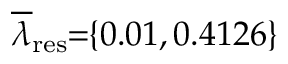
\! \! \! \! \! \! \! \overline { { \lambda } } _ { \mathrm { { r e s } } } \! \! = \! \! \{ 0 . 0 1 , 0 . 4 1 2 6 \} \! \! \!